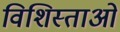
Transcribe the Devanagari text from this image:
विशिस्ताओं